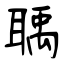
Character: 聥